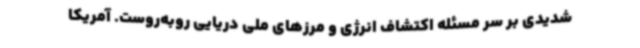
شدیدی بر سر مسئله اکتشاف انرژی و مرزهای ملی دریایی روبه‌روست. آمریکا